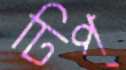
ঢিপ্‌